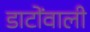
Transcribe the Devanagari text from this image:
डाटोंवाली